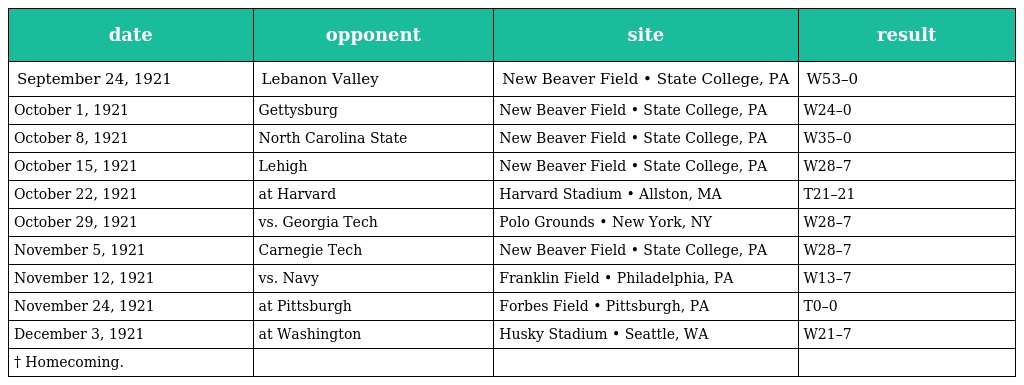
| date | opponent | site | result |
 | --- | --- | --- | --- |
 | September 24, 1921 | Lebanon Valley | New Beaver Field • State College, PA | W53–0 |
 | October 1, 1921 | Gettysburg | New Beaver Field • State College, PA | W24–0 |
 | October 8, 1921 | North Carolina State | New Beaver Field • State College, PA | W35–0 |
 | October 15, 1921 | Lehigh | New Beaver Field • State College, PA | W28–7 |
 | October 22, 1921 | at Harvard | Harvard Stadium • Allston, MA | T21–21 |
 | October 29, 1921 | vs. Georgia Tech | Polo Grounds • New York, NY | W28–7 |
 | November 5, 1921 | Carnegie Tech | New Beaver Field • State College, PA | W28–7 |
 | November 12, 1921 | vs. Navy | Franklin Field • Philadelphia, PA | W13–7 |
 | November 24, 1921 | at Pittsburgh | Forbes Field • Pittsburgh, PA | T0–0 |
 | December 3, 1921 | at Washington | Husky Stadium • Seattle, WA | W21–7 |
 | † Homecoming. |  |  |  |